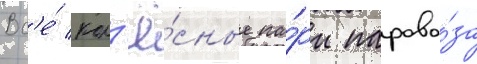
Вс'е́ кол'ё́сные па́ры парово́за